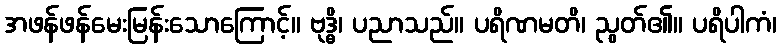
အဖန်ဖန်မေးမြန်းသောကြောင့်။ ဗုဒ္ဓိ၊ ပညာသည်။ ပရိဏမတိ၊ ညွတ်၏။ ပရိပါကံ၊